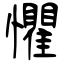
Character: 懼